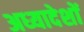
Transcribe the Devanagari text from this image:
अध्‍यादेशों